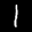
Label: 1